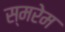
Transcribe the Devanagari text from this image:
स्मरेम